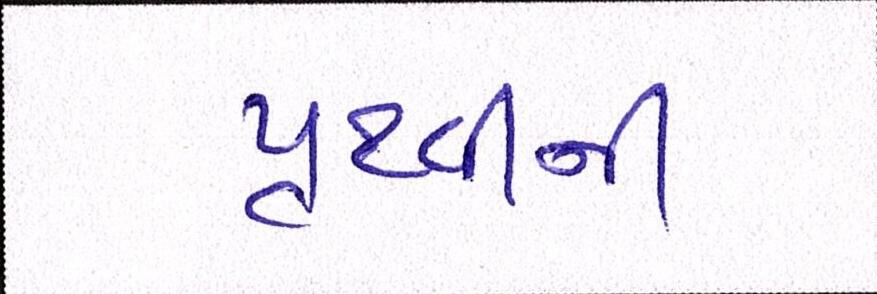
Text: પૃથ્વીની